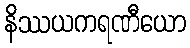
နိဿယကရဏီယော